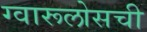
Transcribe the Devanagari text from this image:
ग्वारूलोसची